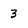
Character: 3